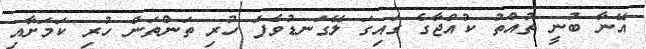
އޭނާ ބުނީ ތުއްތު ކުއްޖާގެ ގައިގަ ލޭގަނޑުވެފަ ހުރި ތަންތަން ހުރި ކަމަށާއި